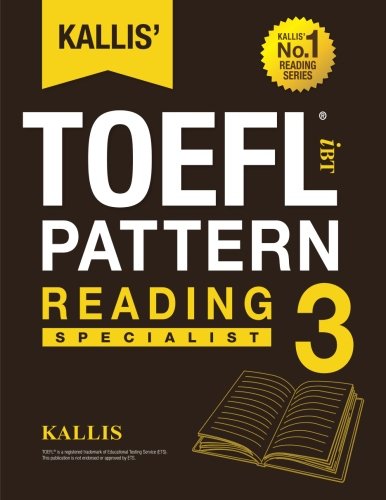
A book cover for KALLIS' iBT TOEFL Pattern Reading 3: Specialist (Volume 3); Kallis; Test Preparation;